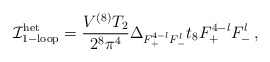
\begin{align*}{{\cal I}}^{\rm het}_{\rm 1-loop}=\frac{V^{(8)}T_2}{2^8 \pi^4}\Delta_{F_+^{4-l} F_-^l}t_8 F_+^{4-l} F_-^l\, ,\end{align*}